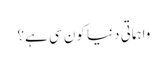
واہماتی دنیا کون سی ہے؟